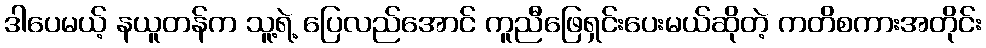
ဒါပေမယ့် နယူတန်က သူ့ရဲ့ ပြေလည်အောင် ကူညီဖြေရှင်းပေးမယ်ဆိုတဲ့ ကတိစကားအတိုင်း